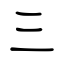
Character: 三